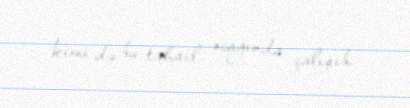
kimi də bu təhsil ocağında çalışıb.